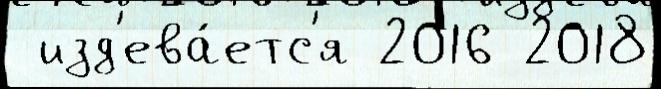
 изд'ева́етс'я 2016 2018